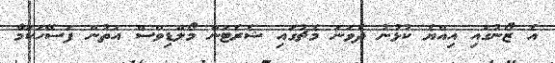
އެ ޒޯނުގައި އިއްޔެ ކުޅުނު ދެވަނަ މެޗުގައި ޝެރެޓަން މޯލްޑިވްސް އަތުން ފަސޭހަކަމާ